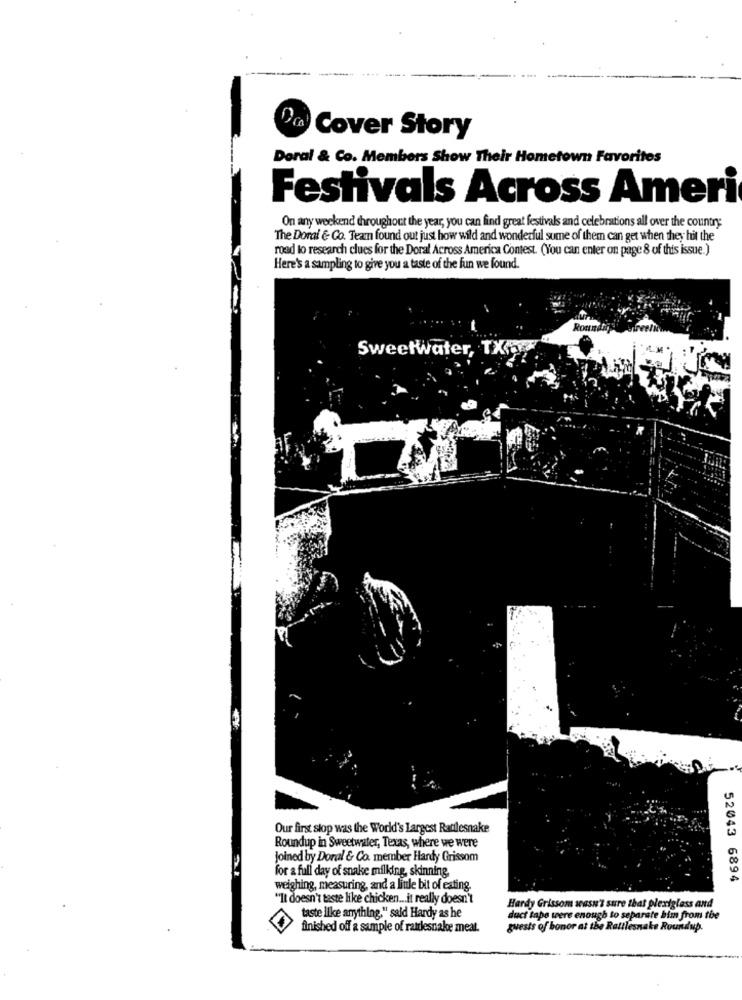
Cover Story
Deral & Co. Members Show Their Hometown Favorites
Festivals Across Ameri
On any weekend throughout the year, you can find great festivals and celebrations all over the country:
The Doral & Co. Team found out just how wild and wonderful sume of them can get when they hit the
road to research clues for the Doral Across America Contest. (You can enter on page 8 of this issue.)
Here's a sampling to give you a taste of the fun we found
Rott
Sweetwater, TX
Our first stop was the World's Largest Rattlesnake
Roundup in Sweetwater, Texas, where we were
Joined by Doral & Co. member Hardy Grissom
for a full day of snake milking, skinning
52043 6894
weighing, measuring, and a little bit of eating
"It doesn't taste like chicken .. it really doesn't
Hardy Grissom wasn't sure that plexiglass and
taste like anything," said Hardy as he
duct tape were enough to separate bim from the
finished off a sample of rattlesnake meat.
guests of honor at the Rattlesnake Roundup.